Annual report on the working of the mental hospitals in the Madras Presidency - 1912-1932
Year: 1912
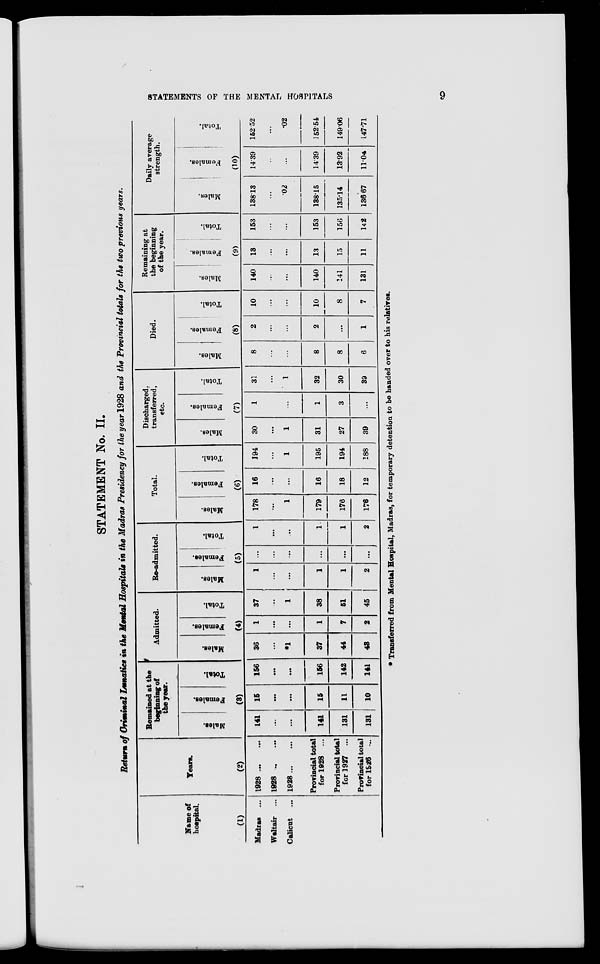
STATEMENTS OF THE MENTAL HOSPITALS
9
STATEMENT No. II.
Return of Criminal Lunatics in the Mental Hospitals in the Madras Presidency for the year 1928 and the Provincial totals for the two previous years.
Name of
hospital
(1)
Madras ...
Waltair ...
Calicut ...
Years.
(2)
1928 ...
...
1928
...
...
1928 ...
...
Provincial total
for 1928 ...
Provincial total
for 1927 ...
Provincial total
for 1926 ...
Remained at the
beginning of
the year.
Males.
Females.
Total.
(3)
141
...
...
141
131
131
15
...
...
15
11
10
156
...
...
156
142
141
Admitted.
Males.
Females.
Total.
(4)
36
...
*1
37
44
43
1
...
...
1
7
2
37
...
1
38
51
45
Re-admitted.
Males.
Females.
Total.
(5)
1
...
...
1
1
2
...
...
...
...
...
...
1
...
...
1
1
2
Total.
Males.
Females.
Total.
(6)
178
...
1
179
176
176
16
...
...
16
18
12
194
...
1
195
194
188
Discharged,
transferred,
etc.
Males.
Females.
Total.
(7)
30
...
1
31
27
39
1
...
...
1
3
...
31
...
1
32
30
39
Died.
Males.
Females.
Total.
(8)
8
...
...
8
8
6
2
...
...
2
...
1
10
...
...
10
8
7
Remaining at
the beginning
of the year.
Males.
Females.
Total.
(9)
140
...
...
140
141
131
13
...
...
13
15
11
153
...
...
153
156
142
Daily average
strength.
Males.
Females.
Total.
(10)
138.13
...
02
138.15
135.14
136.67
14.39
...
...
14.39
13.92
11.04
152.52
...
.02
152.54
149.06
147.71
* Transferred from Mental Hospital, Madras, for temporary detention to be handed over to his relatives.